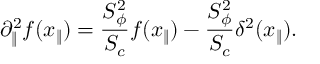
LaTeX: \partial _ { \| } ^ { 2 } f ( x _ { \| } ) = { \frac { S _ { \phi } ^ { 2 } } { S _ { c } } } f ( x _ { \| } ) - { \frac { S _ { \phi } ^ { 2 } } { S _ { c } } } \delta ^ { 2 } ( x _ { \| } ) .